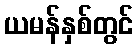
ယမန်နှစ်တွင်